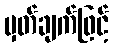
မှတ်ချက်ဖြင့်